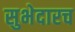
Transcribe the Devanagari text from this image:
सुभेदारच